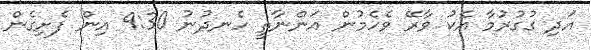
އަދި ގުގުރުމާ އެކު ވާރޭ ވެހެމުން އަންނާތީ ހެނދުނު 9:30 އިން ފެށިގެން